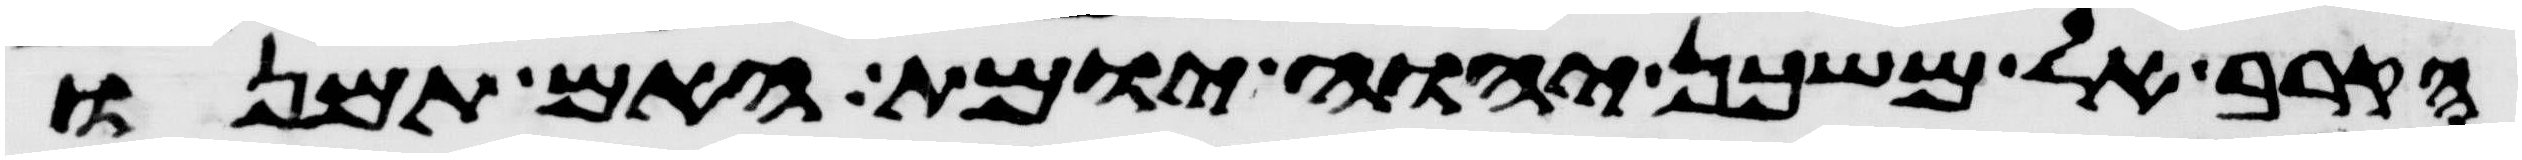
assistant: הקרב אל משכן יהוה יומת האם תמנו